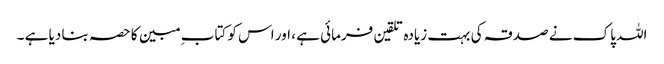
اللہ پاک نے صدقہ کی بہت زیادہ تلقین فرمائی ہے ، اور اس کو کتاب ِ مبین کا حصہ بنا دیا ہے ۔